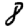
Digit: 8